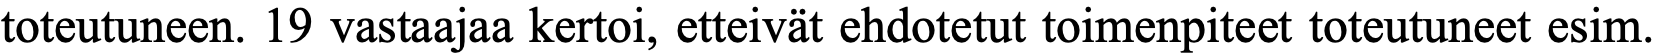
toteutuneen. 19 vastaajaa kertoi, etteivät ehdotetut toimenpiteet toteutuneet esim.